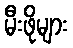
မီးဖိုများ